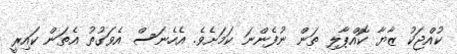
ކުއްޖަކު ޒާޔާ ކޮއްޕާލި ތަން ނުފެންނަ ކަމަށެވެ. އެހެނަސް އެވަގުތު އެތަން ކައިރީ